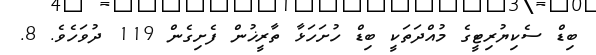
ބިޑް ސެކިޔުރިޓީގެ މުއްދަތަކީ ބިޑް ހުށަހަޅާ ތާރީޚުން ފެށިގެން 119 ދުވަހެވެ. 8.